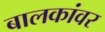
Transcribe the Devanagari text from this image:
बालकांवर